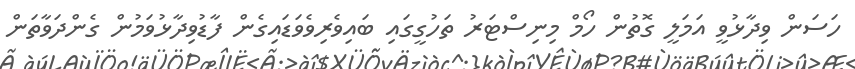
ހަސަން ވިދާޅުވީ އަމަލީ ގޮތުން ހޯމް މިނިސްޓަރު ތަހުގީގައި ބައިވެރިވެވަޑައިގެން ފާޑުވިދާޅުވަމުން ގެންދަވާތަން